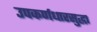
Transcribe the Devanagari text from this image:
उपकर्णधारसुद्धा